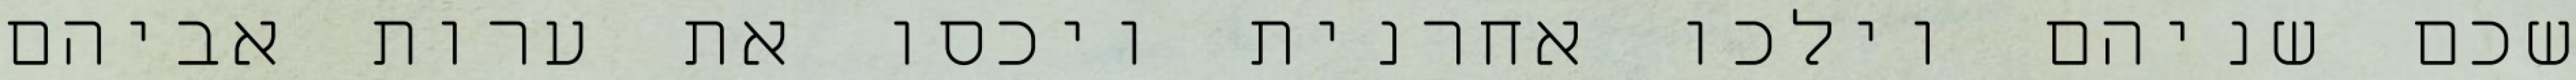
שכם שניהם וילכו אחרנית ויכסו את ערות אביהם